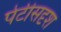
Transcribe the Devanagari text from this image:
पेटीसदृश